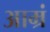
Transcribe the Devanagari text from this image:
आम्रं